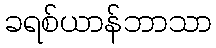
ခရစ်ယာန်ဘာသာ